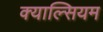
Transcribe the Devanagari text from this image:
क्याल्सियम